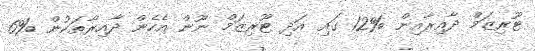
ޓޫރިޒަމް ދާއިރާއިން %12 ގައި އަދި ޓޫރިޒަމް ނޫން އެހެން ދާއިރާތަކުން %6